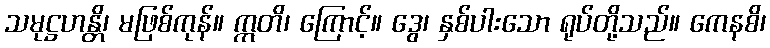
သမုဋ္ဌဟန္တိ၊ မဖြစ်ကုန်။ ဣတိ၊ ကြောင့်။ ဒွေ၊ နှစ်ပါးသော ရုပ်တို့သည်။ ကေနစိ၊